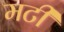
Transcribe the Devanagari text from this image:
मटी